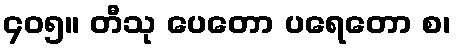
၄၀၅။ တီသု ပေတော ပရေတော စ၊